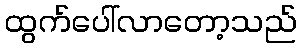
ထွက်ပေါ်လာတော့သည်